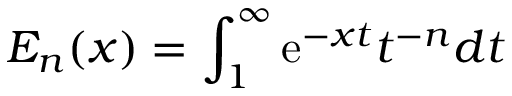
E _ { n } ( x ) = \int _ { 1 } ^ { \infty } \mathrm { e } ^ { - x t } t ^ { - n } d t